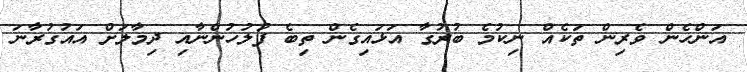
އަންހެން ވެރިން ތަކެއް ނިކުމެ ބުރުގާ އަޅައިގެން ތިބެ ފުލުހުންނާއި ދިމާލަށް އައުގުރާނަ